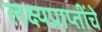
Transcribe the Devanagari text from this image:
लक्ष्यप्राप्तींचे